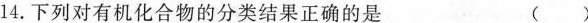
14.下列对有机化合物的分类结果正确的是 ( )